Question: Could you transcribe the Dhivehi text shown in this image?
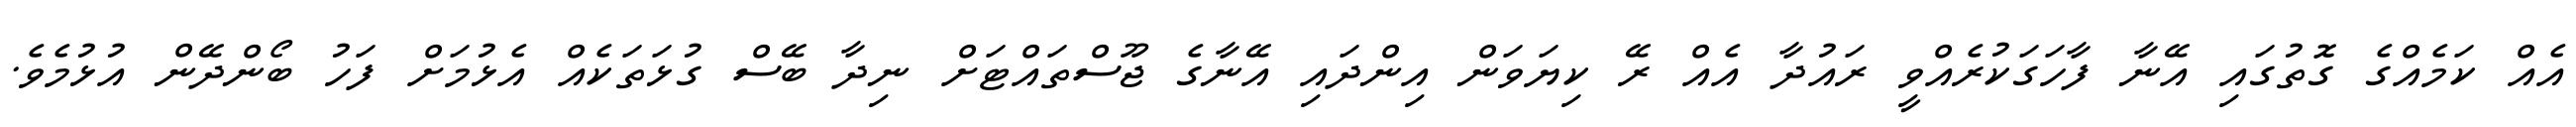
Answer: އެއް ކަމެއްގެ ގޮތުގައި އޭނާ ފާހަގަކުރެއްވީ ރައުދާ އެއް ރޭ ކިޔަވަން އިންދައި އޭނާގެ ޖޫސްތައްޓަށް ނިދާ ބޭސް ގުޅަތަކެއް އެޅުމަށް ފަހު ބޯންދޭން އުޅުމެވެ.